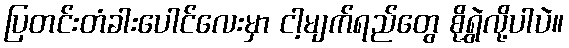
ပြတင်းတံခါးပေါင်လေးမှာ ငါ့မျက်ရည်တွေ စိုရွှဲလို့ပါပဲ။